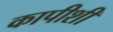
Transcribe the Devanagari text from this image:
कापीशी